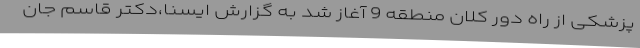
پزشکی از راه دور کلان منطقه 9 آغاز شد به گزارش ایسنا،دکتر قاسم جان